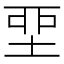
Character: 𡋲